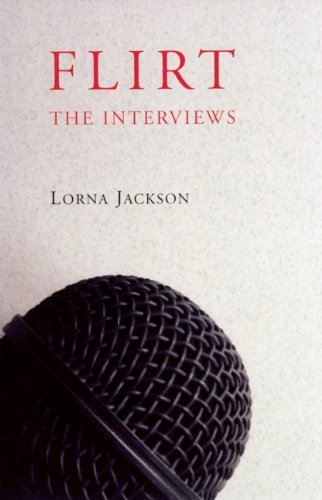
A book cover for Flirt: The Interviews; Lorna Jackson; Literature & Fiction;